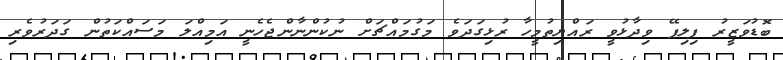
ބޮޑުވަޒީރު ފިލިޕޭ ވިދާޅުވީ ރައްޔިތުމީހާ ރުޅިގަދަވެ މަގުމައްޗަށް ނުކުންނާންޖެހެނީ އަމިއްލަ މަސައްކަތުން ގަދަރުވެރި